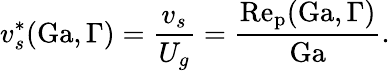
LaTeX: v_{s}^{\ast}(\mathrm{Ga},\Gamma)=\frac{v_{s}}{U_{g}}=\frac{\mathrm{Re_{p}}(\mathrm{Ga},\Gamma)}{\mathrm{Ga}}.